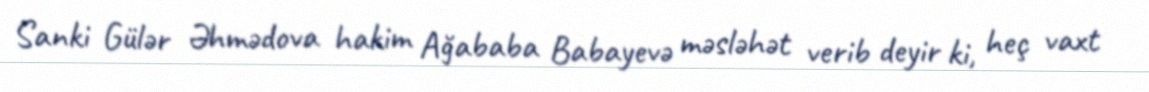
Sanki Gülər Əhmədova hakim Ağababa Babayevə məsləhət verib deyir ki, heç vaxt